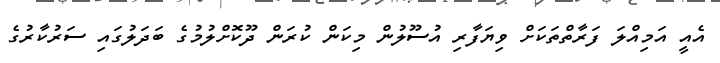
އެއީ އަމިއްލަ ފަރާތްތަކަށް ވިޔަފާރި އުސޫލުން މިކަން ކުރަން ދޫކޮށްލުމުގެ ބަދަލުގައި ސަރުކާރުގެ